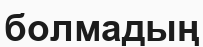
болмадың